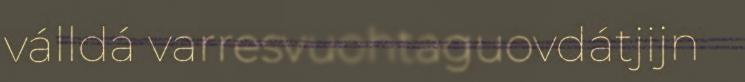
válldá varresvuohtaguovdátjijn